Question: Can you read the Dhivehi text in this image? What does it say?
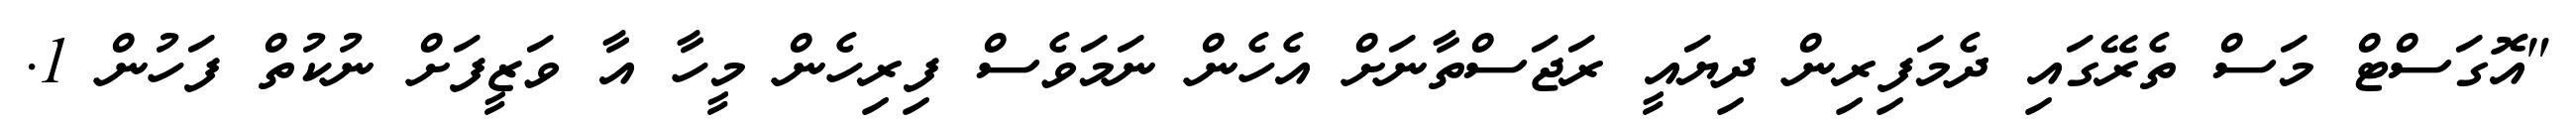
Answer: "އޮގަސްޓް މަސް ތެރޭގައި ދެމަފިރިން ދިޔައީ ރަޖަސްތާނަށް އެހެން ނަމަވެސް ފިރިހެން މީހާ އާ ވަޒީފަށް ނުކުތް ފަހުން 1.